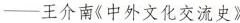
——王介南《中外文化交流史》